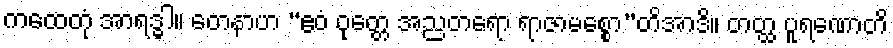
ကထေတုံ အာရဒ္ဓါ။ တေနာဟ “ဧဝံ ဝုတ္တေ အညတရော ရာဇာမစ္စော”တိအာဒိ။ တတ္ထ ပူရဏောတိ